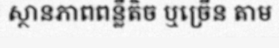
ស្ថានភាពពន្លឺតិច ឬច្រើន តាម